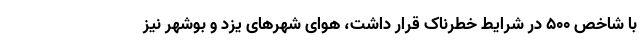
با شاخص ۵۰۰ در شرایط خطرناک قرار داشت، هوای شهرهای یزد و بوشهر نیز